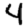
Digit: 4